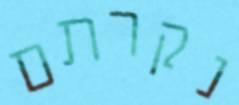
נקרתם